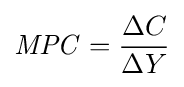
{\mathit {MPC}}={\frac {\Delta C}{\Delta Y}}